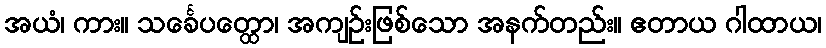
အယံ၊ ကား။ သင်္ခေပတ္ထော၊ အကျဉ်းဖြစ်သော အနက်တည်း။ ဧတာယ ဂါထာယ၊